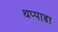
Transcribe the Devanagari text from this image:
थप्पाडा